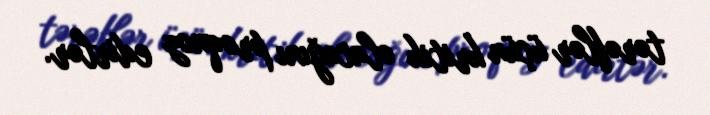
tərəflər üçün kritik olacağını proqnoz edirlər.